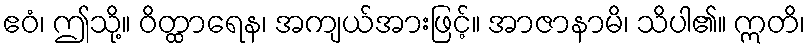
ဧဝံ၊ ဤသို့။ ဝိတ္ထာရေန၊ အကျယ်အားဖြင့်။ အာဇာနာမိ၊ သိပါ၏။ ဣတိ၊